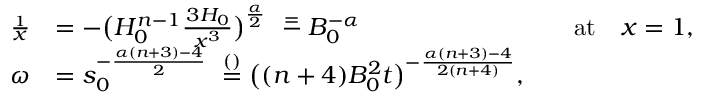
\begin{array} { r l r l } { \frac { \d H _ { 1 } } { \d x } } & { = - \big ( H _ { 0 } ^ { n - 1 } \frac { \d ^ { 3 } H _ { 0 } } { \d x ^ { 3 } } \big ) ^ { \frac \alpha 2 } \ \stackrel = - B _ { 0 } ^ { - \alpha } } & & { \mathrm { a t } \quad x = 1 , } \\ { \omega } & { = s _ { 0 } ^ { - \frac { \alpha ( n + 3 ) - 4 } { 2 } } \ \stackrel { ( ) } = \big ( ( n + 4 ) B _ { 0 } ^ { 2 } t \big ) ^ { - \frac { \alpha ( n + 3 ) - 4 } { 2 ( n + 4 ) } } , } \end{array}